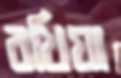
বখিয়া